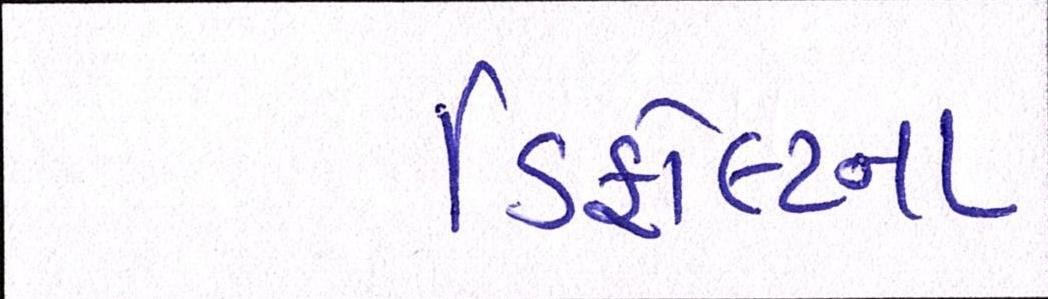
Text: ડિફોલ્ટના